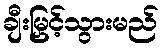
ချီးမြှင့်သွားမည်